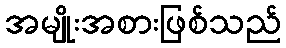
အမျိုးအစားဖြစ်သည်